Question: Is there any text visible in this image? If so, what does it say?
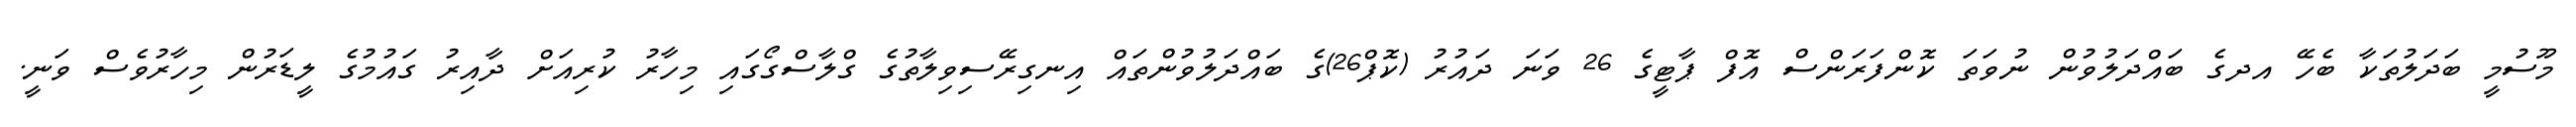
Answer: މޫސުމީ ބަދަލުތަކާ ބެހޭ އދގެ ބައްދަލުވުން ނުވަތަ ކޮންފަރަންސް އޮފް ޕާޓީގެ 26 ވަނަ ދައުރު (ކޮޕް26)ގެ ބައްދަލުވުންތައް އިނގިރޭސިވިލާތުގެ ގްލާސްގޯގައި މިހާރު ކުރިއަށް ދާއިރު ގައުމުގެ ލީޑަރުން މިހާރުވެސް ވަނީ.